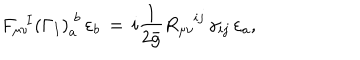
F _ { \mu \nu } ^ { \; \; I } \left( \Gamma _ { I } \right) _ { a } ^ { \; b } \, \varepsilon _ { b } \, = \, i \frac { 1 } { 2 \bar { g } } R _ { \mu \nu } ^ { i j } \, \gamma _ { i j } \, \varepsilon _ { a } ,